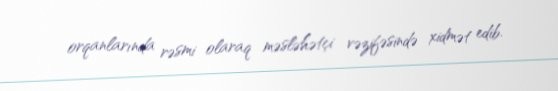
orqanlarında rəsmi olaraq məsləhətçi vəzifəsində xidmət edib.